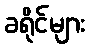
ခရိုင်များ